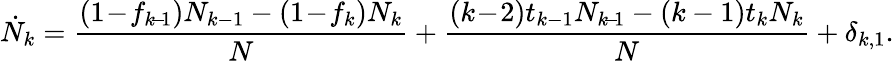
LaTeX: \dot{N}_{k}=\frac{(1\! -\! f_{k\! -\! 1})N_{k-1}-(1\! -\! f_{k})N_{k}}{N}+\frac{(k\! -\! 2)t_{k-1}N_{k\! -\! 1}-(k-1)t_{k}N_{k}}{N}+\delta_{k,1}.